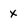
Character: x